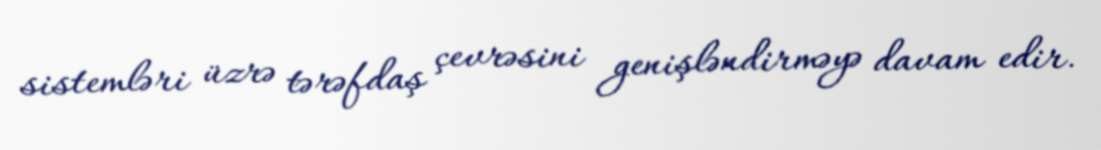
sistemləri üzrə tərəfdaş çevrəsini genişləndirməyə davam edir.